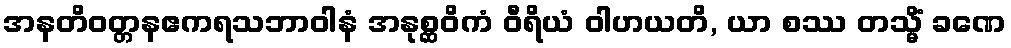
အနတိဝတ္တနဧကရသဘာဝါနံ အနုစ္ဆဝိကံ ဝီရိယံ ဝါဟယတိ, ယာ စဿ တသ္မိံ ခဏေ